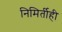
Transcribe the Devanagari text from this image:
निमिर्तीही